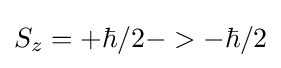
S_{z}=+\hbar /2->-\hbar /2